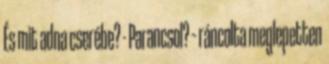
És mit adna cserébe? - Parancsol? – ráncolta meglepetten